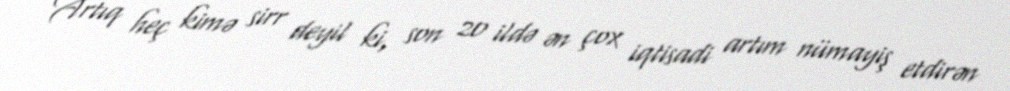
Artıq heç kimə sirr deyil ki, son 20 ildə ən çox iqtisadi artım nümayiş etdirən